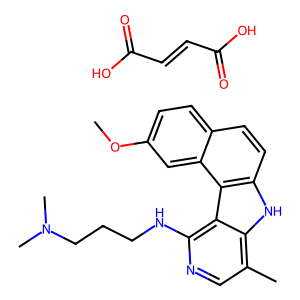
SMILES: COc1ccc2ccc3[nH]c4c(C)cnc(NCCCN(C)C)c4c3c2c1.O=C(O)C=CC(=O)O
Inhibits HIV replication: No